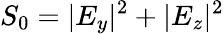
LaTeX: S_{0}=|E_{y}|^{2}+|E_{z}|^{2}